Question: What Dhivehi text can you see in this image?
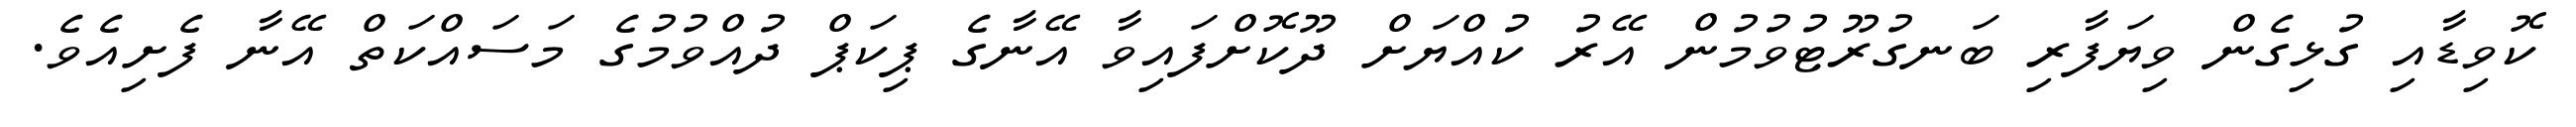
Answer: ކޮވިޑާއި ގުޅިގެން ވިޔަފާރި ބަނގުރޫޓުވުމުން އޭރު ކުއްޔަށް ދޫކޮށްފައިވާ އޭނާގެ ޕިކަޕް ދުއްވުމުގެ މަސައްކަތް އޭނާ ފެށިއެވެ.